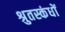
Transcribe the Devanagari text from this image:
श्रुतस्कंधों